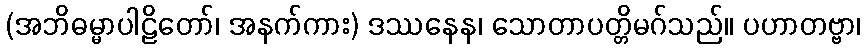
(အဘိဓမ္မာပါဠိတော်၊ အနက်ကား) ဒဿနေန၊ သောတာပတ္တိမဂ်သည်။ ပဟာတဗ္ဗာ၊